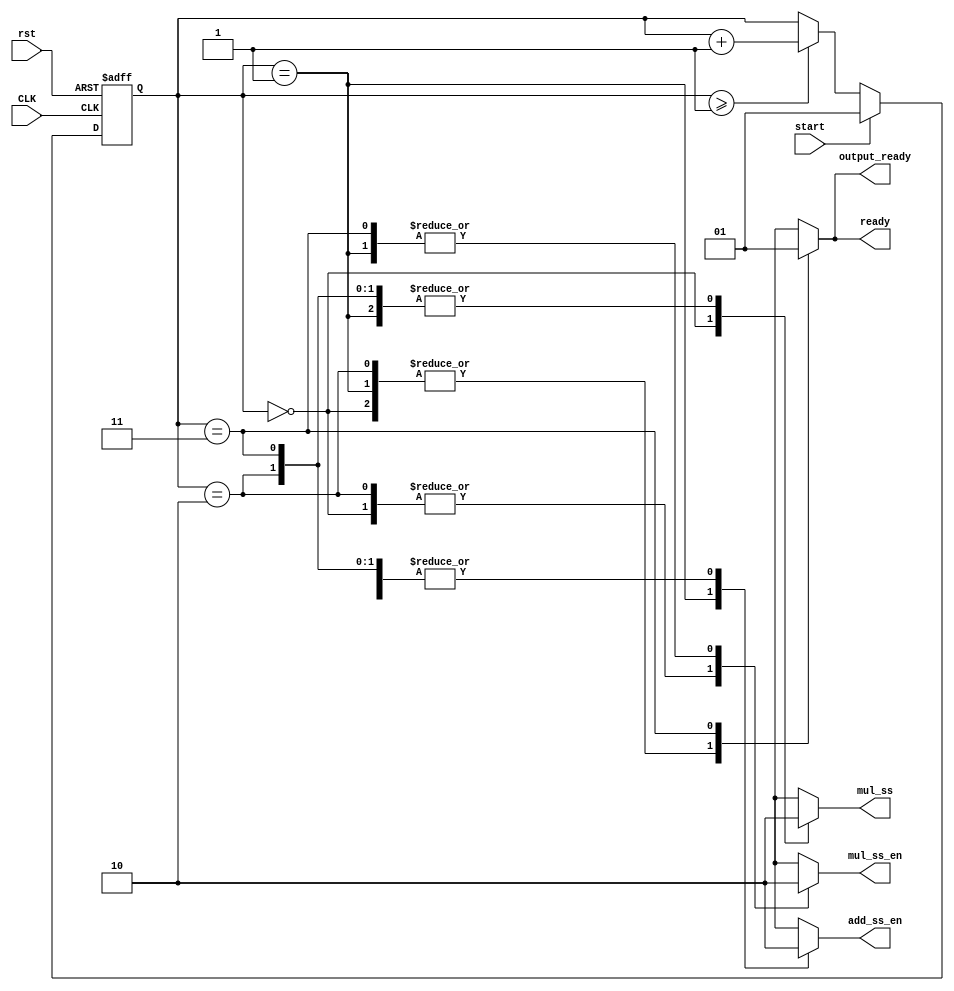
	module taylor_stage_3_control( 
	CLK,
	rst,
	start,
	ready,
	output_ready,
	mul_ss,
	mul_ss_en,
	add_ss_en
);
	input start, rst, CLK;
	output reg ready, output_ready, mul_ss, mul_ss_en, add_ss_en;
	reg [1:0] state;
	/*input*/
	always @ (posedge CLK or posedge rst) begin
		if(rst)
			state <= 2'd0;
		else if (start) 
			state <= 2'd1;
		else if(state >= 2'd1)
			state <= state + 2'd1;
	end
	/*output*/
	always @* begin
		ready = 0;
		output_ready = 0;
		mul_ss = 0;
		mul_ss_en = 0;
		add_ss_en = 0;
		case(state)
			2'd0 : begin
					 mul_ss = 1;
					 mul_ss_en = 1;
					 end
			2'd1 : add_ss_en  = 1; 
			2'd2 : begin
					 mul_ss = 0;
					 mul_ss_en = 1;
					 end
			2'd3 : begin
						ready = 1;
						output_ready = 1;
					 end
			default: begin
							ready = 0;
							output_ready = 0;
							mul_ss = 0;
						end
		endcase
	end
endmodule